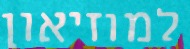
למוזיאון